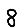
Digit: 8